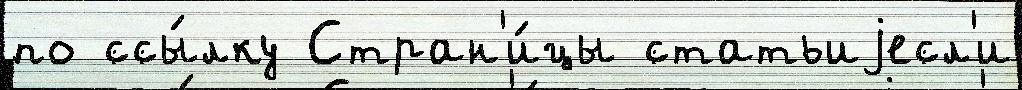
по ссы́лку Стран'и́цы статьиjесл'и